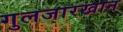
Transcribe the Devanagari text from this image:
गुलजारखान